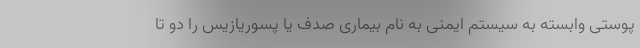
پوستی وابسته به سیستم ایمنی به نام بیماری صدف یا پسوریازیس را دو تا